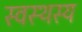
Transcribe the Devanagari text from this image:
स्वस्थस्य